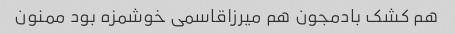
هم کشک بادمجون هم میرزاقاسمی خوشمزه بود ممنون